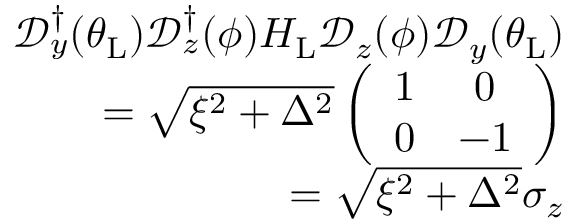
\begin{array} { r l r } & { } & { \mathcal { D } _ { y } ^ { \dagger } ( \theta _ { \mathrm { L } } ) \mathcal { D } _ { z } ^ { \dagger } ( \phi ) H _ { \mathrm { L } } \mathcal { D } _ { z } ( \phi ) \mathcal { D } _ { y } ( \theta _ { \mathrm { L } } ) } \\ & { } & { = \sqrt { \xi ^ { 2 } + \Delta ^ { 2 } } \left( \begin{array} { c c } { 1 } & { 0 } \\ { 0 } & { - 1 } \end{array} \right) } \\ & { } & { = \sqrt { \xi ^ { 2 } + \Delta ^ { 2 } } \sigma _ { z } } \end{array}